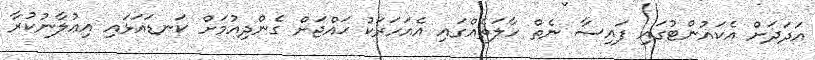
އަދަދަށް އެކައުންޓުގައި ފައިސާ ނެތް ހާލަތެއްގައި އެއަހަރަކު ޙައްޖަށް ގެންދިއުމަށް ކަނޑައަޅައި އިޢުލާނުކުރާ